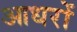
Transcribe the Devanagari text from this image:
आधरों